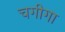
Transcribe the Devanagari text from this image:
चगीगा